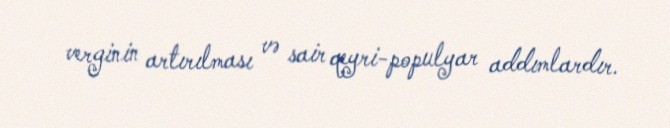
verginin artırılması və sair qeyri-populyar addımlardır.